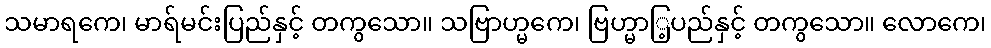
သမာရကေ၊ မာရ်မင်းပြည်နှင့် တကွသော။ သဗြာဟ္မကေ၊ ဗြဟ္မာြ့ပည်နှင့် တကွသော။ လောကေ၊